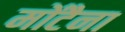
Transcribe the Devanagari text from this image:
मोंटैना